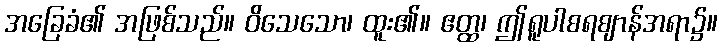
အခြေခံ၏ အဖြစ်သည်။ ဝိသေသော၊ ထူး၏။ ဧတ္ထ၊ ဤရူပါစရဈာန်အရာ၌။